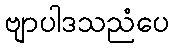
ဗျာပါဒသညံပေ